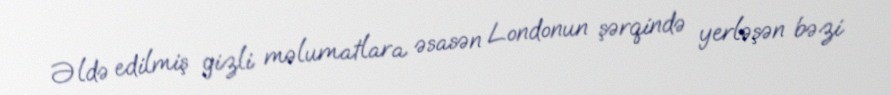
Əldə edilmiş gizli məlumatlara əsasən Londonun şərqində yerləşən bəzi